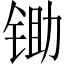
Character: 锄